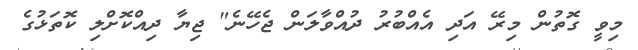
މިވީ ގޮތުން މިރޭ އަދި އެއްބުރު ދުއްވާލަން ޖެހޭނެ" ޖިޔާ ދިއްކޮށްލި ކޮތަޅުގެ